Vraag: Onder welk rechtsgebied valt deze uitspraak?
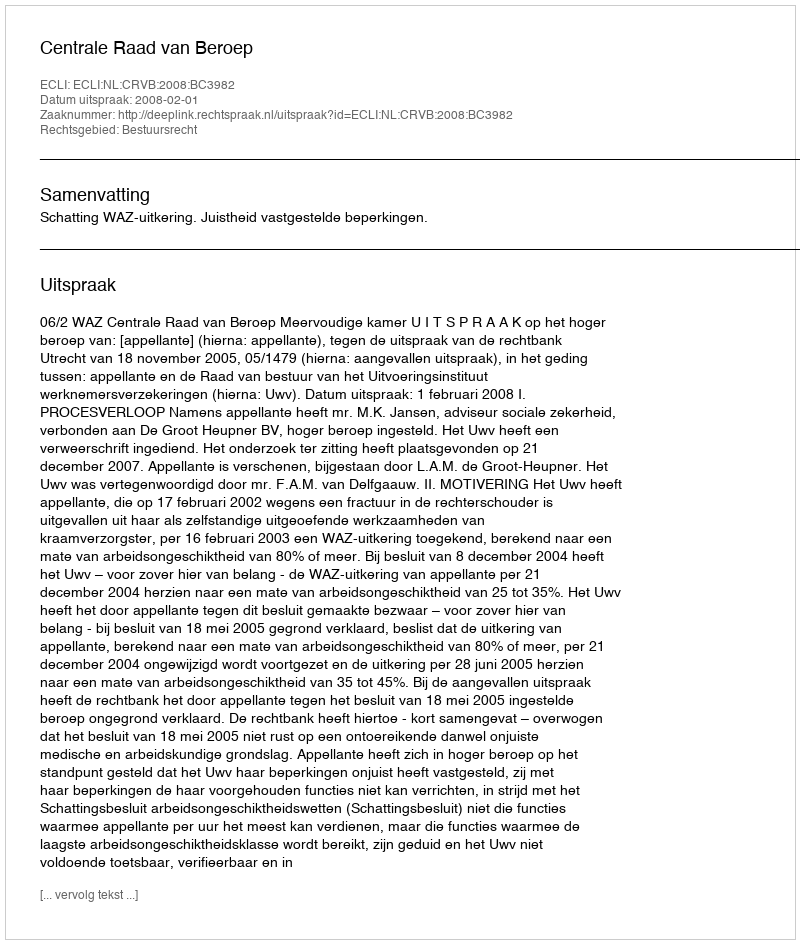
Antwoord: Bestuursrecht